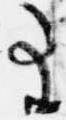
事